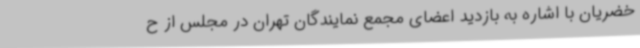
خضریان با اشاره به بازدید اعضای مجمع نمایندگان تهران در مجلس از ح